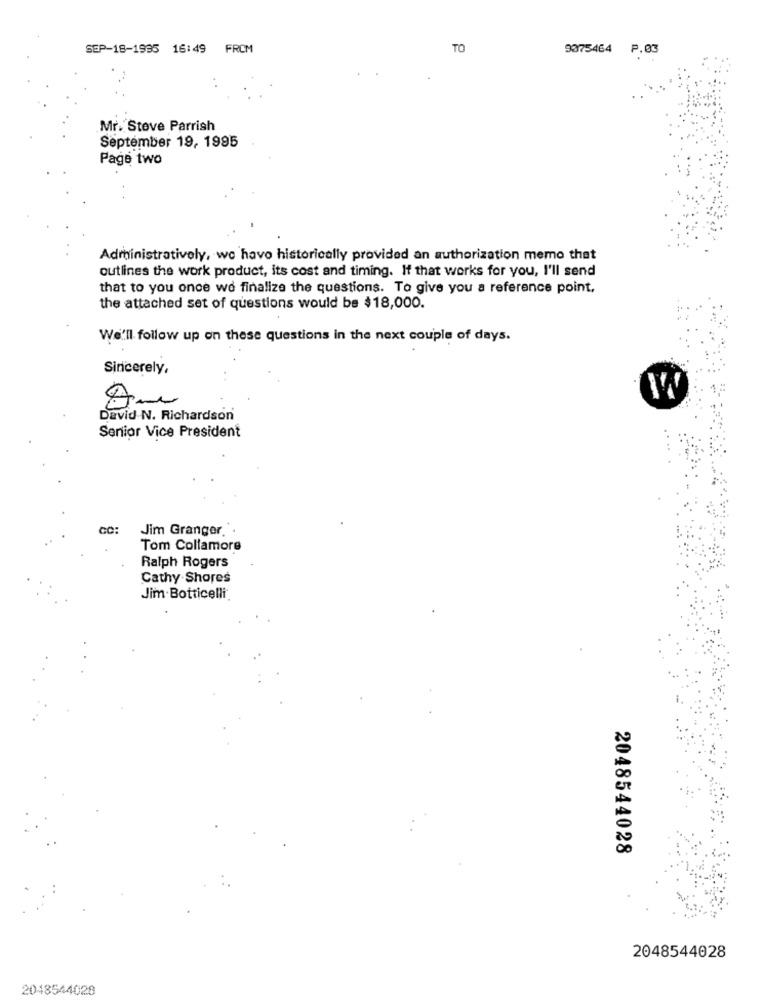
SEP-18-1935 16:49 FROM
TO
9075464 P.03
Mr. Stove Parrish
September 19, 1995
Page two
Administratively, we havo historically provided an authorization memo that
outlines the work product, its cost and timing. If that works for you, I'll send
that to you once wo finalize the questions. To give you a reference point,
the attached set of questions would be $18,000.
We'll follow up on these questions in the next couple of days.
Sincerely,
W
David N. Richardson
Senior Vice President
CC:
Jim Granger ..
Tom Collamore
Ralph Rogers
Cathy Shores
Jim.Botticelli
2048544028
2048544028
2048544028